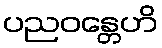
ပညဝန္တေဟိ